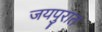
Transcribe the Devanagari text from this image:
जयपुरात